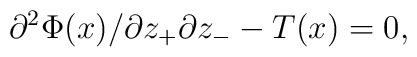
{{\partial^{2}\Phi(x)} / {\partial z_{+} \partial z_{-}}}-T(x)=0,